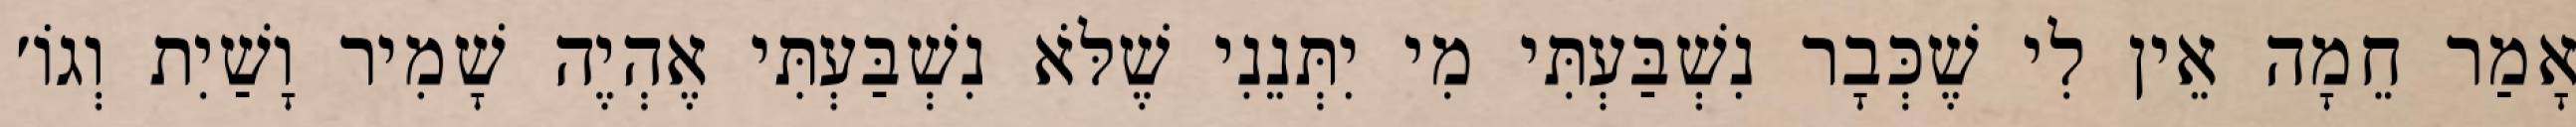
אָמַר חֵמָה אֵין לִי שֶׁכְּבָר נִשְׁבַּעְתִּי מִי יִתְּנֵנִי שֶׁלֹּא נִשְׁבַּעְתִּי אֶהְיֶה שָׁמִיר וָשַׁיִת וְגוֹ׳